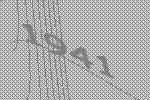
1941